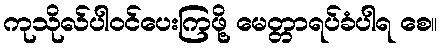
ကုသိုလ်ပါဝင်ပေးကြဖို့ မေတ္တာရပ်ခံပါရ စေ။